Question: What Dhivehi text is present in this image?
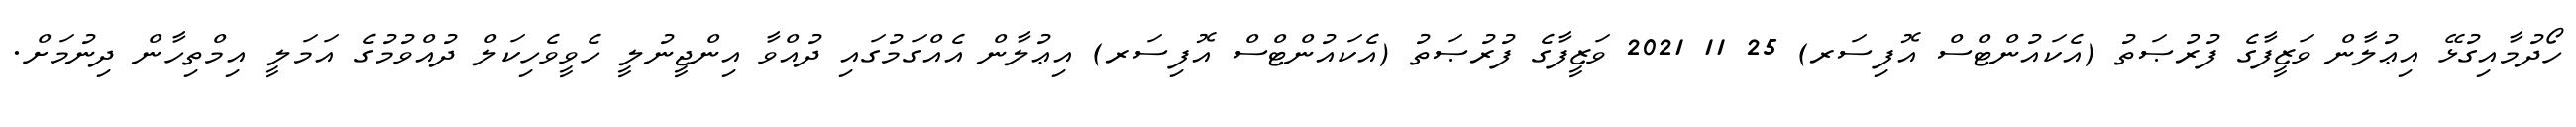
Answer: ހޯދުމާއިގުޅޭ އިޢުލާން ވަޒީފާގެ ފުރުޞަތު (އެކައުންޓްސް އޮފިސަރ) 25 11 2021 ވަޒީފާގެ ފުރުޞަތު (އެކައުންޓްސް އޮފިސަރ) އިޢުލާން އެއްގަމުގައި ދުއްވާ އިންޖީނުލީ ހެވީވެހިކަލް ދުއްވުމުގެ އަމަލީ އިމްތިހާން ދިނުމަށް.